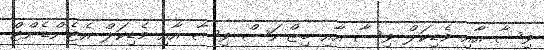
ވިސާ އާއި މެޑިކަލް ވިސާ އާއި ބިޒްނަސް ވިސާ އާއި މެޑިކަލް އެޓެންޑެންޓް